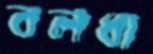
বলধা